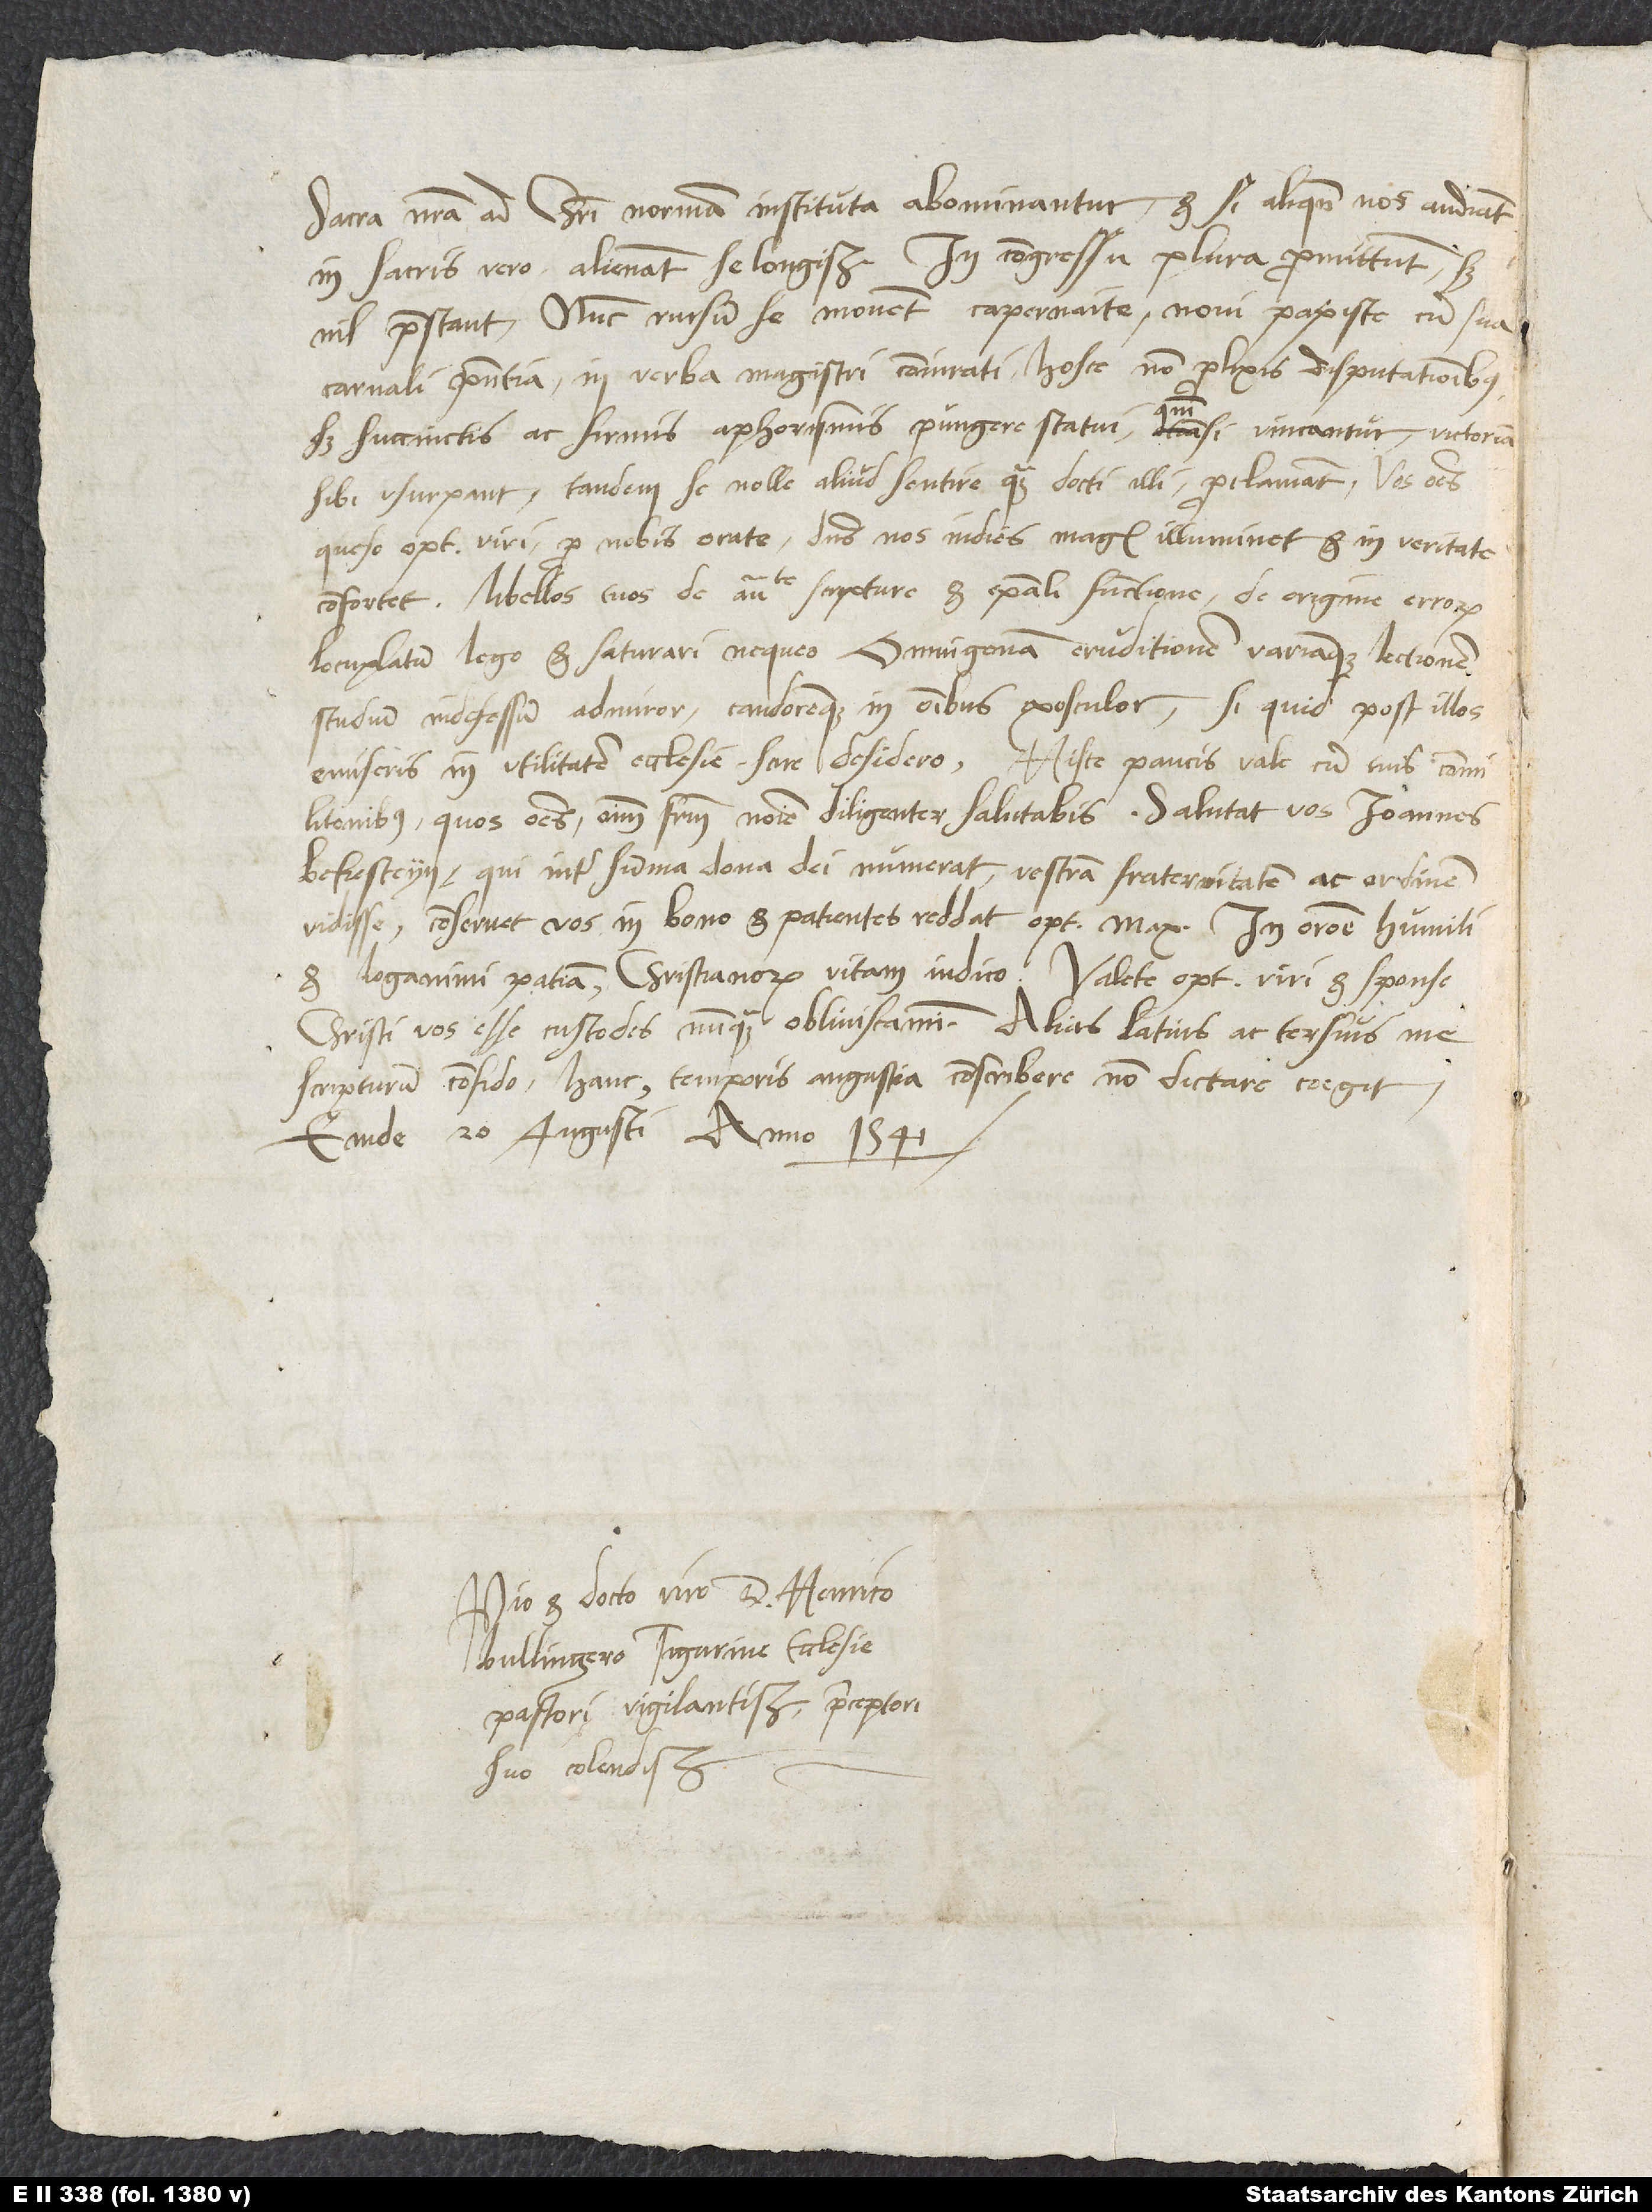
sacra nostra ad Christi normam instituta abominantur, et si aliquando nos audiant,
in sacris vero alienant se longissime. In congressu plura promittunt, sed
nil praestant. Nunc rursum se movent Capernaite, novi papiste cum sua
carnali praesentia in verba magistri coniurati. Hosce non prolixis disputationibus,
sed succinctis ac firmis aphorismis pungere statui, quoniam, si vincantur, victoriam
sibi usurpant, tandem se nolle aliud sentire quam docti illi proclamant. Vos omnes,
queso, optimi viri, pro nobis orate, dominus nos indies magis illuminet et in veritate
confortet. Libellos tuos De autoritate scripture et episcopali functione, De origine erroris
locupletatum lego et saturari nequeo; omnigenam eruditionem variamque lectionem,
studium indefessum admiror candoremque in omnibus exosculor. Si quid post illos
emiseris in utilitatem ecclesie, scire desidero. Hisce paucis vale cum tuis commilitonibus,
quos omnes omnium fratrum nomine diligenter salutabis. Salutat vos Ioannes
Bekesteyn, qui inter summa dona dei numerat vestram fraternitatem ac ordinem
vidisse. Conservet vos in bono et patientes reddat optimus maximus; in oratione humili
et longanimi patientia christianorum vitam iudico. Valete, optimi viri, et sponse
Christi vos esse custodes nunquam obliviscamini. Alias latius ac tersius me
scripturum confido; hanc temporis angustia conscribere, non dictare coegit.
Emde, 20. augusti anno 1541.
Pio et docto viro d. Henrico
Bullingero, Tigurine ecclesie
pastori vigilantissimo, praeceptori
suo colendissimo.